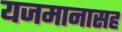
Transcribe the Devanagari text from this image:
यजमानासह